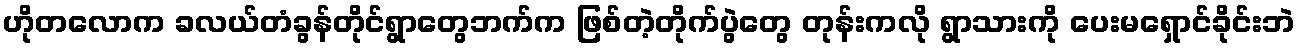
ဟိုတလောက ခလယ်တံခွန်တိုင်ရွာတွေဘက်က ဖြစ်တဲ့တိုက်ပွဲတွေ တုန်းကလို ရွာသားကို ပေးမရှောင်ခိုင်းဘဲ